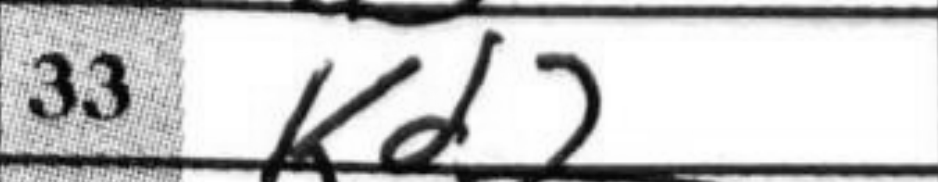
Transcription: Kd2